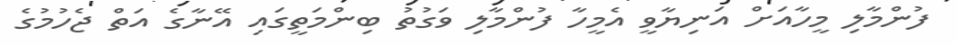
ފުންމާލި މީހާއަށް އަނިޔާވީ އެމީހާ ފުންމާލި ވަގުތު ބިންމަތީގައި އޭނާގެ އަތް ޖެހުމުގެ